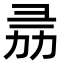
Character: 𢑕